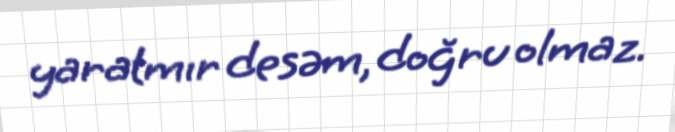
yaratmır desəm, doğru olmaz.